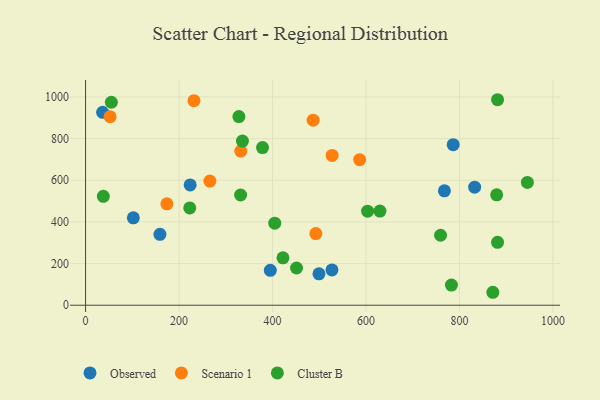
{"axis": {"x": "Engine Size", "y": "Sales"}, "legend": ["Cluster B", "Observed", "Scenario 1"], "data": [{"x": "159.1", "y": 340.4, "type": "Observed"}, {"x": "527.2", "y": 169.6, "type": "Observed"}, {"x": "786.6", "y": 771.0, "type": "Observed"}, {"x": "102.2", "y": 419.8, "type": "Observed"}, {"x": "36.5", "y": 925.9, "type": "Observed"}, {"x": "499.4", "y": 150.8, "type": "Observed"}, {"x": "832.5", "y": 566.7, "type": "Observed"}, {"x": "223.8", "y": 577.4, "type": "Observed"}, {"x": "767.8", "y": 549.1, "type": "Observed"}, {"x": "395.3", "y": 167.4, "type": "Observed"}, {"x": "527.6", "y": 719.3, "type": "Scenario 1"}, {"x": "486.9", "y": 888.6, "type": "Scenario 1"}, {"x": "586.5", "y": 698.9, "type": "Scenario 1"}, {"x": "266.0", "y": 596.0, "type": "Scenario 1"}, {"x": "174.0", "y": 486.9, "type": "Scenario 1"}, {"x": "332.1", "y": 740.1, "type": "Scenario 1"}, {"x": "492.7", "y": 343.8, "type": "Scenario 1"}, {"x": "231.9", "y": 982.1, "type": "Scenario 1"}, {"x": "52.5", "y": 905.3, "type": "Scenario 1"}, {"x": "451.4", "y": 178.8, "type": "Cluster B"}, {"x": "881.5", "y": 986.6, "type": "Cluster B"}, {"x": "331.7", "y": 529.2, "type": "Cluster B"}, {"x": "881.5", "y": 302.2, "type": "Cluster B"}, {"x": "945.3", "y": 589.4, "type": "Cluster B"}, {"x": "328.1", "y": 905.6, "type": "Cluster B"}, {"x": "222.9", "y": 467.0, "type": "Cluster B"}, {"x": "378.6", "y": 756.8, "type": "Cluster B"}, {"x": "629.8", "y": 451.9, "type": "Cluster B"}, {"x": "404.8", "y": 393.7, "type": "Cluster B"}, {"x": "335.6", "y": 788.1, "type": "Cluster B"}, {"x": "38.0", "y": 522.8, "type": "Cluster B"}, {"x": "422.4", "y": 227.6, "type": "Cluster B"}, {"x": "871.4", "y": 62.2, "type": "Cluster B"}, {"x": "782.8", "y": 97.0, "type": "Cluster B"}, {"x": "603.4", "y": 451.4, "type": "Cluster B"}, {"x": "759.5", "y": 335.9, "type": "Cluster B"}, {"x": "55.2", "y": 974.4, "type": "Cluster B"}, {"x": "879.6", "y": 530.0, "type": "Cluster B"}]}